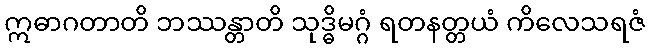
ဣဓာဂတာတိ ဘဿန္တာတိ သုဒ္ဓိမဂ္ဂံ ရတနတ္တယံ ကိလေသရဇံ